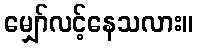
မျှော်လင့်နေသလား။